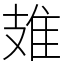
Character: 䧴